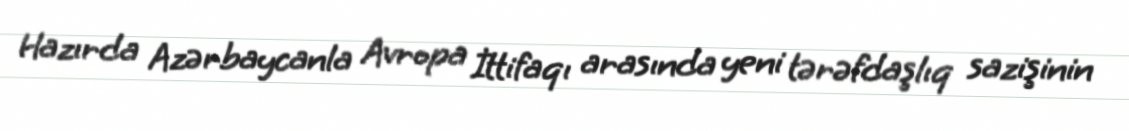
Hazırda Azərbaycanla Avropa İttifaqı arasında yeni tərəfdaşlıq sazişinin